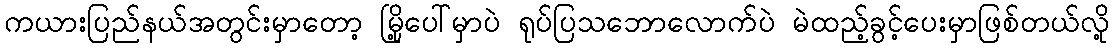
ကယားပြည်နယ်အတွင်းမှာတော့ မြို့ပေါ်မှာပဲ ရုပ်ပြသဘောလောက်ပဲ မဲထည့်ခွင့်ပေးမှာဖြစ်တယ်လို့